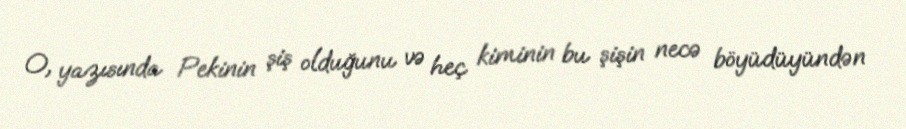
O, yazısında Pekinin şiş olduğunu və heç kiminin bu şişin necə böyüdüyündən